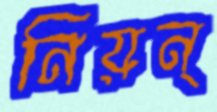
নিয়ন্